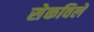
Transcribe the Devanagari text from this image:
सेकविले